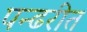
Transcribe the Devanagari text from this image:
पन्ढरीत